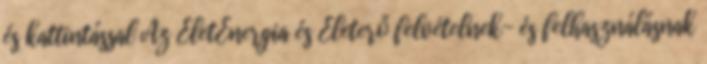
és kattintással Az ÉletEnergia és Életerő felvételnek- és felhasználásnak